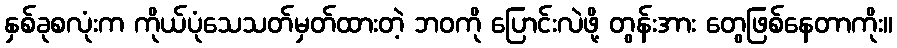
နှစ်ခုစလုံးက ကိုယ်ပုံသေသတ်မှတ်ထားတဲ့ ဘဝကို ပြောင်းလဲဖို့ တွန်းအား တွေဖြစ်နေတာကိုး။